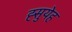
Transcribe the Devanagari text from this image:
ह्सुयेह